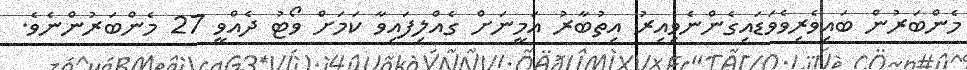
މެންބަރުން ބައިވެރިވެވަޑައިގެންނެވިއިރު އިތުބާރު އަމީނަށް ގެއްލިފައިވާ ކަމަށް ވޯޓު ދެއްވީ 27 މެންބަރުންނެވެ.